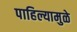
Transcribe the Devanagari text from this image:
पाहिल्यामुळे